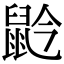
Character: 䶃